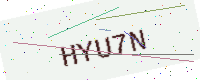
Text: HYU7N